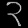
Digit: ၃